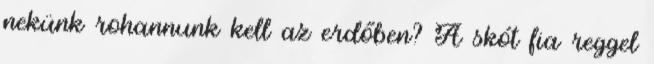
nekünk rohannunk kell az erdőben? A skót fia reggel